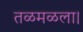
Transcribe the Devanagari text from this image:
तळमळला।